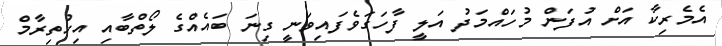
އެމެރިކާ އަށް އުފަން މުހައްމަދު އަލީ ފާހަގަވެފައިވަނީ ގިނަ ބައެއްގެ ލޯތްބާއި އިހުތިރާމް